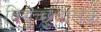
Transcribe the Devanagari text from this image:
विद्युच्छुचालक